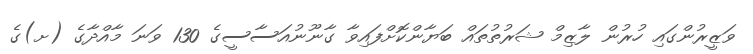
ވަޒީރުންގައި ހުރުން ލާޒިމް ޝަރުތުތައް ބަޔާންކޮށްފައިވާ ގާނޫނުއަސާސީގެ 130 ވަނަ މާއްދާގެ (ށ)ގެ